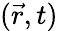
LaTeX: ({\vec{r}},t)